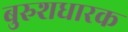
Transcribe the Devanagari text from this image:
बुरुशधारक